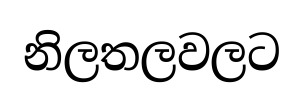
නිලතලවලට